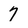
Character: 7